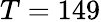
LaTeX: T=149